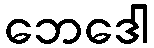
ဘေဒေါ